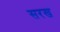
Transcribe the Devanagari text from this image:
सरख